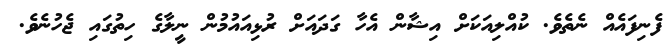
ފެނިފައެއް ނެތެވެ. ކުއްލިއަކަށް އިޝާން އެހާ ގަދައަށް ރުޅިއައުމުން ނީލާގެ ހިތުގައި ޖެހުނެވެ.